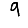
Digit: 9